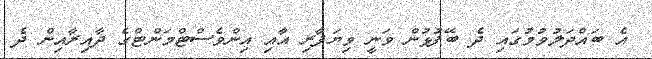
އެ ބައްދަލުވުމުގައި ދެ ބޭފުޅުން ވަނީ ވިޔަފާރި އާއި އިންވެސްޓްމަންޓްގެ ދާއިރާއިން ދެ